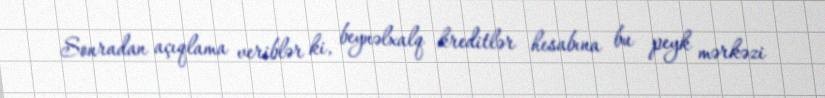
Sonradan açıqlama veriblər ki, beynəlxalq kreditlər hesabına bu peyk mərkəzi